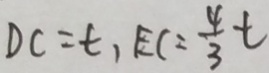
D C = t , E C = \frac { 4 } { 3 } t